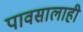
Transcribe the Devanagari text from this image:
पावसालाही